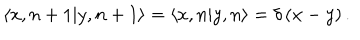
\langle x , n + 1 | y , n + 1 \rangle = \langle x , n | y , n \rangle = \delta \left( x - y \right) .